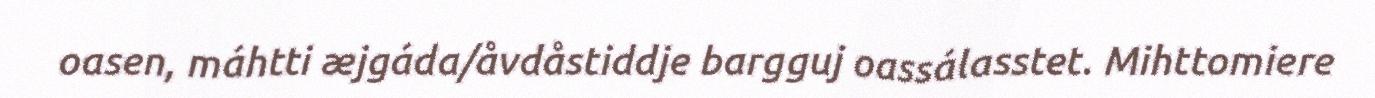
oasen, máhtti æjgáda/åvdåstiddje bargguj oassálasstet. Mihttomiere